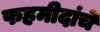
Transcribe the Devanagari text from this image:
फहमीदांचे